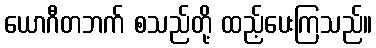
ယောဂီတဘက် စသည်တို့ ထည့်ပေးကြသည်။